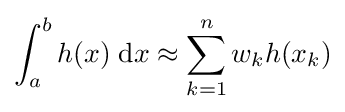
\int _{a}^{b}h(x)\;\mathrm {d} x\approx \sum _{k=1}^{n}w_{k}h(x_{k})